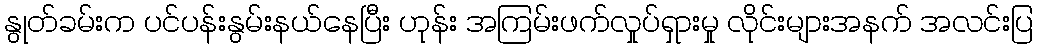
နွုတ်ခမ်းက ပင်ပန်းနွမ်းနယ်နေပြီး ဟုန်း အကြမ်းဖက်လှုပ်ရှားမှု လိုင်းများအနက် အလင်းပြ